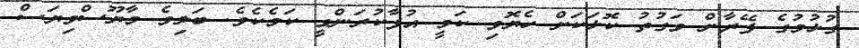
ގުޅުމުގެ ފޭރާން ވަގުތު ކޮޅަކަށް ހެޔޮވި ކަމީ އުފާކުރަންވީ ކަމެކެވެ. ބަލިވެ މާޔޫސްވިޔަސް